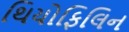
થિયોફિલિન